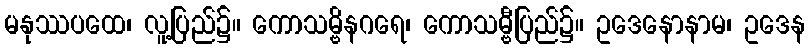
မနုဿပထေ၊ လူ့ပြည်၌။ ကောသမ္ဗိနဂရေ၊ ကောသမ္ဗီပြည်၌။ ဥဒေနောနာမ၊ ဥဒေန